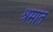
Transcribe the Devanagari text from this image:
श्रमात